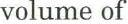
volume of'